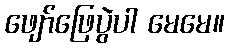
ဖျော်ဖြေပွဲပါ မေမေ။